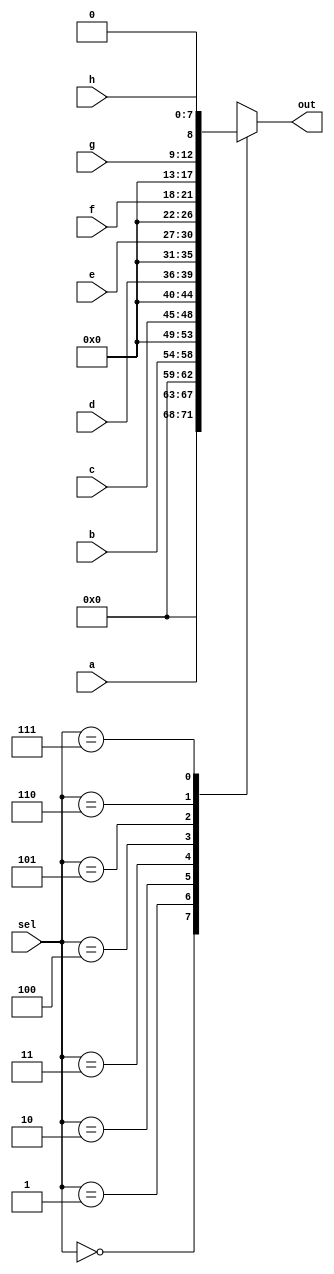
`timescale 1ns / 1ps
//////////////////////////////////////////////////////////////////////////////////
// Company: 
// Engineer: 
// 
// Design Name: 
// Module Name: mux16
// Project Name: 
// Target Devices: 
// Tool Versions: 
// Description: 
// 
// Dependencies: 
// 
// Revision:
// Revision 0.01 - File Created
// Additional Comments:
// 
//////////////////////////////////////////////////////////////////////////////////


module mux16(
    input [2:0] sel,
    input [4:0] a,
    input [4:0] b,
    input [3:0] c,
    input [3:0] d,
    input [3:0] e,
    input [3:0] f,
    input [3:0] g,
    input [7:0] h,
    output reg [8:0] out
    );
    always @(*)
    begin
        case(sel)
        4'b000:out=a;
        4'b001:out=b;
        4'b010:out=c;
        4'b011:out=d;
        4'b100:out=e;
        4'b101:out=f;
        4'b110:out=g;
        4'b111:out=h;
        
        endcase
    end
endmodule